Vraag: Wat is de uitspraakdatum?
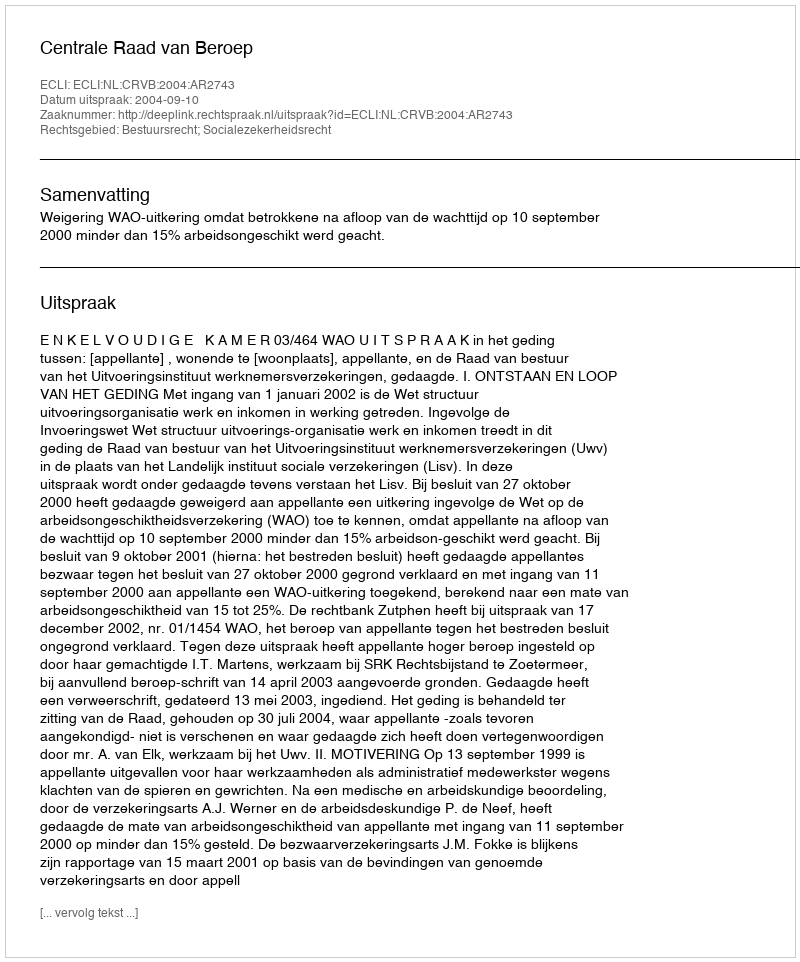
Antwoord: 2004-09-10